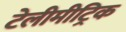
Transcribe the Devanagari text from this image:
टेलीमीट्रिक